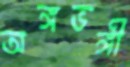
অঙ্গভঙ্গী